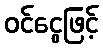
ဝင်ငွေဖြင့်